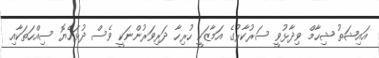
އައިޝަތު ޝިހާމް ވިދާޅުވީ ސަރުކާރުގެ އަމާޒަކީ ހުރިހާ ދަރިވަރުންނަކީ ވެސް ދުޅަހެޔޮ ސިއްހަތަކާއި